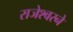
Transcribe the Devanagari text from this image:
राजेश्वरने